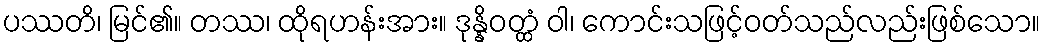
ပဿတိ၊ မြင်၏။ တဿ၊ ထိုရဟန်းအား။ ဒုန္နိဝတ္ထံ ဝါ၊ ကောင်းသဖြင့်ဝတ်သည်လည်းဖြစ်သော။